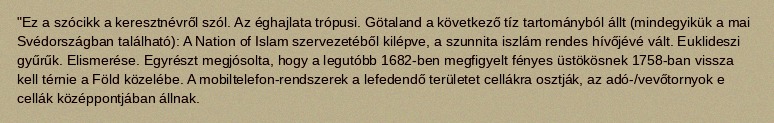
"Ez a szócikk a keresztnévről szól. Az éghajlata trópusi. Götaland a következő tíz tartományból állt (mindegyikük a mai Svédországban található): A Nation of Islam szervezetéből kilépve, a szunnita iszlám rendes hívőjévé vált. Euklideszi gyűrűk. Elismerése. Egyrészt megjósolta, hogy a legutóbb 1682-ben megfigyelt fényes üstökösnek 1758-ban vissza kell térnie a Föld közelébe. A mobiltelefon-rendszerek a lefedendő területet cel­lákra osztják, az adó-/vevőtornyok e cellák középpontjában állnak.